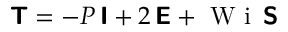
\boldsymbol { \mathsf { T } } = - P \, \boldsymbol { \mathsf { I } } + 2 \, \boldsymbol { \mathsf { E } } + \mathrm { ~ W ~ i ~ } \, \boldsymbol { \mathsf { S } }